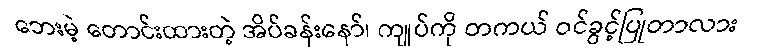
ဘေးမဲ့ တောင်းထားတဲ့ အိပ်ခန်းနော်၊ ကျုပ်ကို တကယ် ဝင်ခွင့်ပြုတာလား